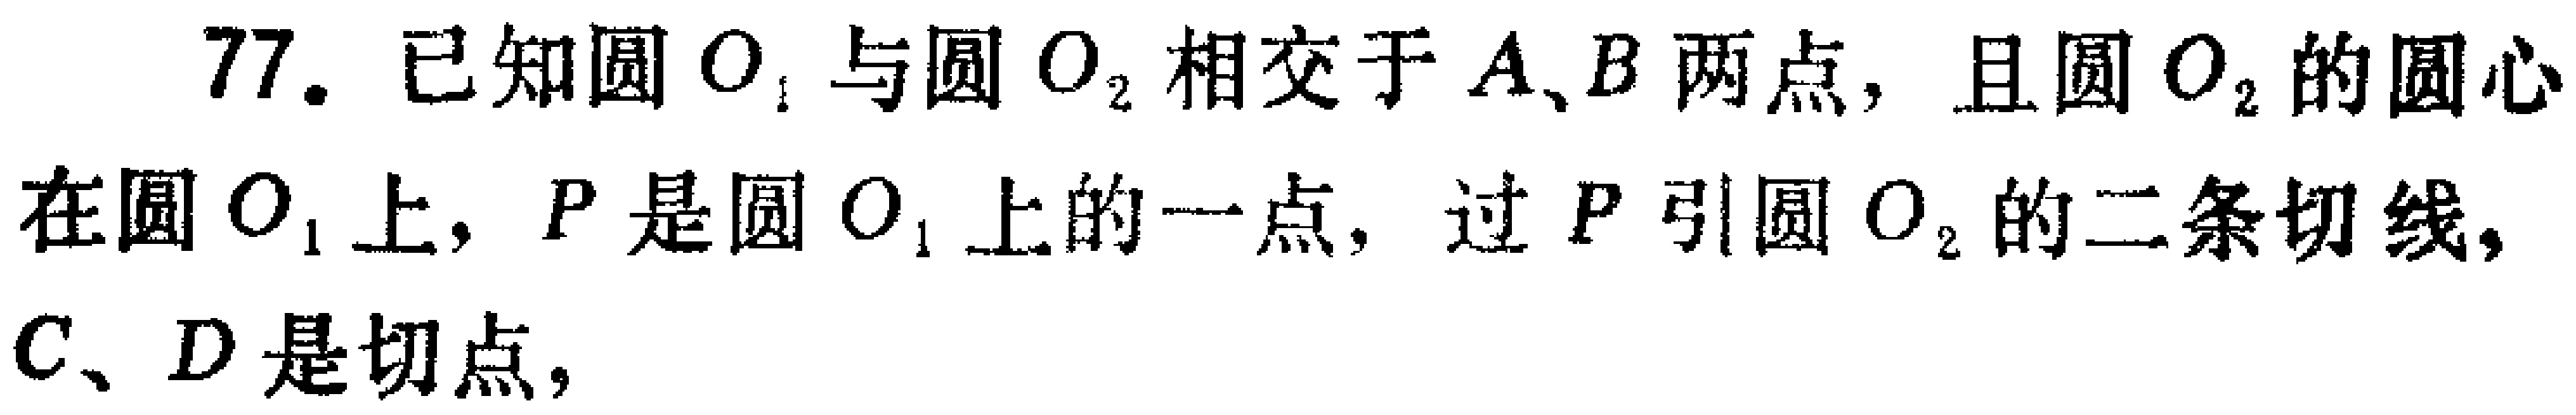
77. 已知圆\(O_{1}\)与圆\(O_{2}\)相交于\(A、B\)两点，且圆\(O_{2}\)的圆心在圆\(O_{1}\)上，\(P\)是圆\(O_{1}\)上的一点，过\(P\)引圆\(O_{2}\)的二条切线，\(C、D\)是切点，